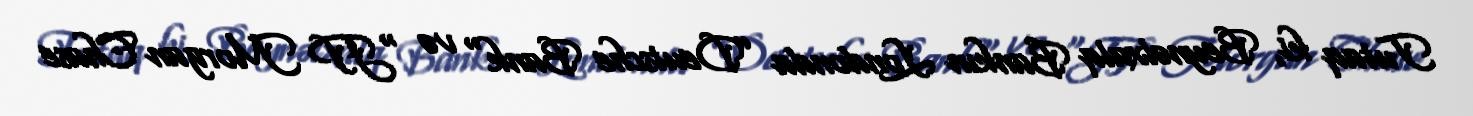
Tutaq ki, Beynəlxalq Bankın Londonda ”Deutsche Bank" və “JP Morgan Chase